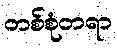
တစ်စုံတရာ